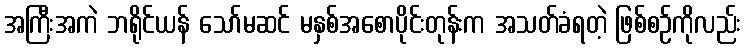
အကြီးအကဲ ဘရိုင်ယန် သော်မဆင် မနှစ်အစောပိုင်းတုန်းက အသတ်ခံရတဲ့ ဖြစ်စဉ်ကိုလည်း